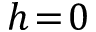
h \! = \! 0